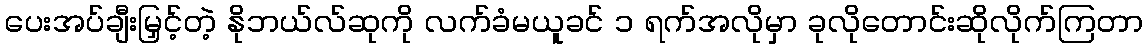
ပေးအပ်ချီးမြှင့်တဲ့ နိုဘယ်လ်ဆုကို လက်ခံမယူခင် ၁ ရက်အလိုမှာ ခုလိုတောင်းဆိုလိုက်ကြတာ